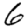
Digit: 6